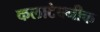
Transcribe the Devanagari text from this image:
कलाटेक्नीक